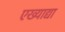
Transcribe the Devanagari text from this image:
एख्याद्या